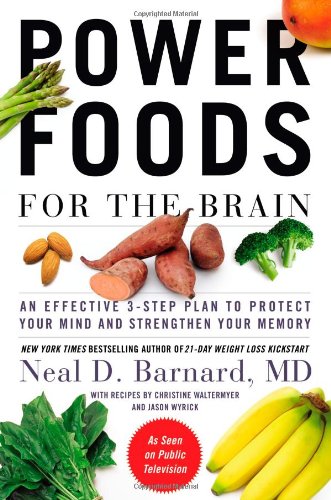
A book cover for Power Foods for the Brain: An Effective 3-Step Plan to Protect Your Mind and Strengthen Your Memory; Neal Barnard; Health, Fitness & Dieting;